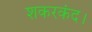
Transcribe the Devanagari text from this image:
शकरकंद।